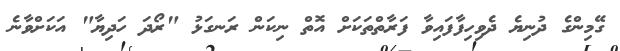
ގޭމިންގެ ދުނިޔެ ދެވިހިފާފައިވާ ފަރާތްތަކަށް އޮތް ނިކަން ރަނގަޅު "ރޯދަ ހަދިޔާ" އަކަށްވާނެ